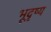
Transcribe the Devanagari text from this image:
भूदृष्य